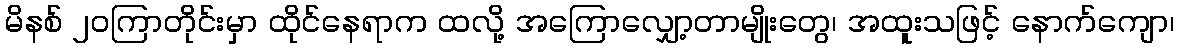
မိနစ် ၂၀ကြာတိုင်းမှာ ထိုင်နေရာက ထလို့ အကြောလျှော့တာမျိုးတွေ၊ အထူးသဖြင့် နောက်ကျော၊